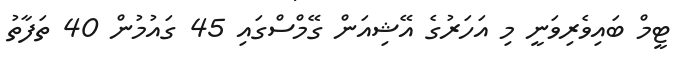
ޓީމް ބައިވެރިވަނީ މި އަހަރުގެ އޭޝިއަން ގޭމްސްގައި 45 ގައުމުން 40 ތަފާތު